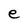
Character: e